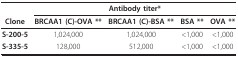
|  | <COLSPAN=4> Antibody titer* |
 | Clone | BRCAA1 (C)-OVA ** | BRCAA1 (C)-BSA ** | BSA ** | OVA ** |
 | --- | --- | --- | --- | --- |
 | S-200-5 | 1,024,000 | 1,024,000 | <1,000 | <1,000 |
 | S-335-5 | 128,000 | 512,000 | <1,000 | <1,000 |